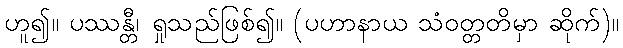
ဟူ၍။ ပဿန္တီ၊ ရှုသည်ဖြစ်၍။ (ပဟာနာယ သံဝတ္တတိမှာ ဆိုက်)။